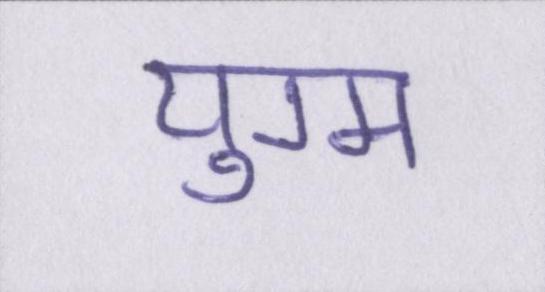
युग्म